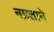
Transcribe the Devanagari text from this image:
नम्रताने